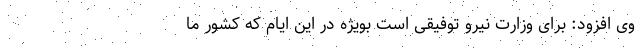
وی افزود: برای وزارت نیرو توفیقی است بویژه در این ایام که کشور ما